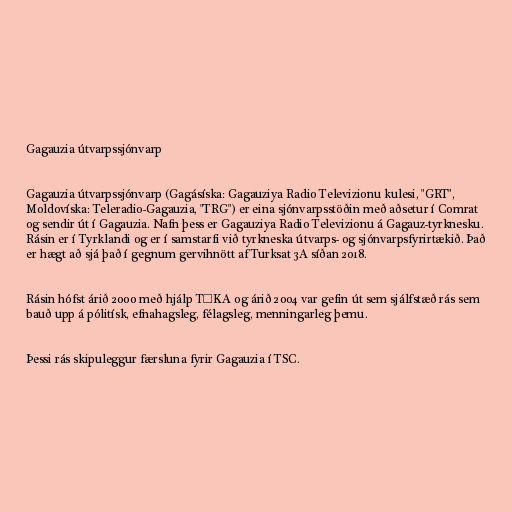
Gagauzia útvarpssjónvarp

Gagauzia útvarpssjónvarp (Gagásíska: Gagauziya Radio Televizionu kulesi, "GRT",
Moldovíska: Teleradio-Gagauzia, "TRG") er eina sjónvarpsstöðin með aðsetur í Comrat
og sendir út í Gagauzia. Nafn þess er Gagauziya Radio Televizionu á Gagauz-tyrknesku.
Rásin er í Tyrklandi og er í samstarfi við tyrkneska útvarps- og sjónvarpsfyrirtækið. Það
er hægt að sjá það í gegnum gervihnött af Turksat 3A síðan 2018.

Rásin hófst árið 2000 með hjálp TİKA og árið 2004 var gefin út sem sjálfstæð rás sem
bauð upp á pólitísk, efnahagsleg, félagsleg, menningarleg þemu.

Þessi rás skipuleggur færsluna fyrir Gagauzia í TSC.